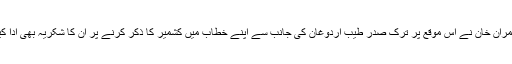
عمران خان نے اس موقع پر ترک صدر طیب اردوغان کی جانب سے اپنے خطاب میں کشمیر کا ذکر کرنے پر ان کا شکریہ بھی ادا کیا۔